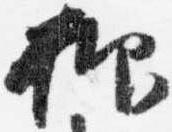
抑